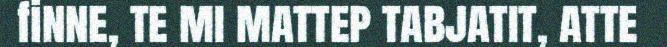
finne, te mi mattep tabjatit, atte